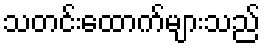
သတင်းထောက်များသည်